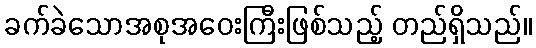
ခက်ခဲသောအစုအဝေးကြီးဖြစ်သည့် တည်ရှိသည်။